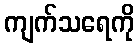
ကျက်သရေကို